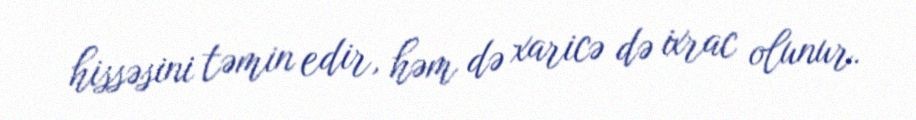
hissəsini təmin edir, həm də xaricə də ixrac olunur.